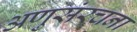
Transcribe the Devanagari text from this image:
अणुसंरचना